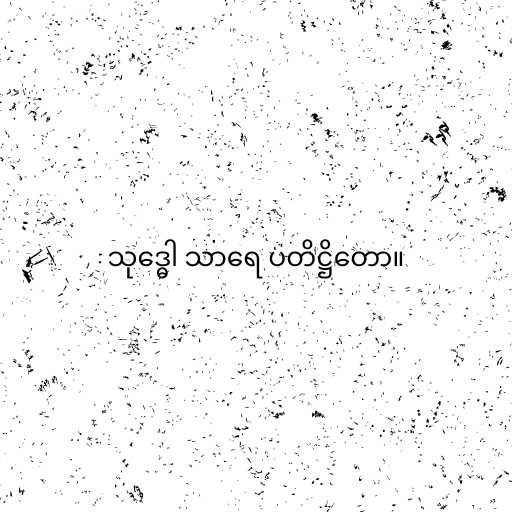
သုဒ္ဓေါ သာရေ ပတိဋ္ဌိတော။